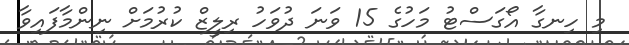
މި ހިނގާ އޯގަސްޓު މަހުގެ 15 ވަނަ ދުވަހު ރިލީޒް ކުރުމަށް ނިންމާފައިވާ